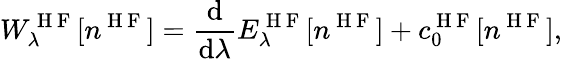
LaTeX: W_{\lambda}^{\mathrm{~H~F~}}[n^{\mathrm{~H~F~}}]=\frac{\mathrm{d}}{\mathrm{d}\lambda}E_{\lambda}^{\mathrm{~H~F~}}[n^{\mathrm{~H~F~}}]+c_{0}^{\mathrm{~H~F~}}[n^{\mathrm{~H~F~}}],